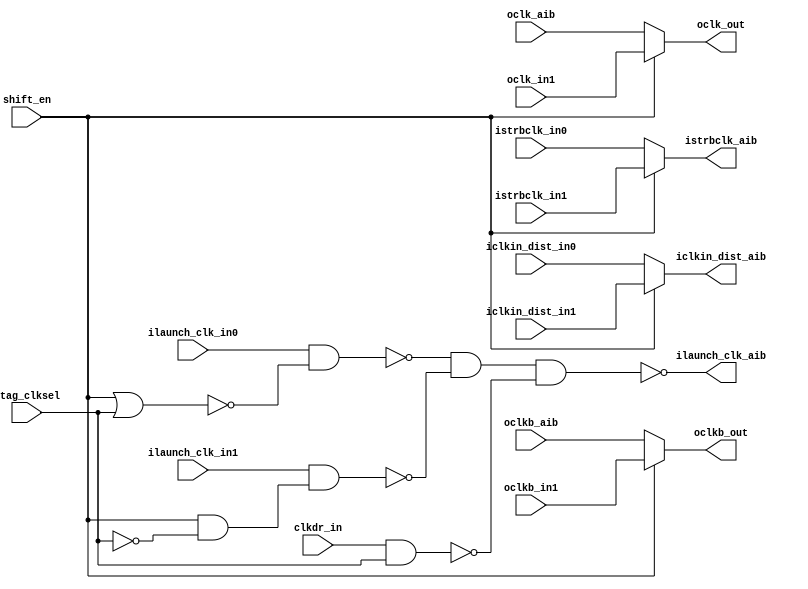
// This program was cloned from: https://github.com/chipsalliance/aib-phy-hardware
// License: Apache License 2.0

// SPDX-License-Identifier: Apache-2.0
// Copyright (C) 2019 Intel Corporation. 
// Library - aibcr3_lib, Cell - aibcr3_red_custom_dig2, View -
//schematic
// LAST TIME SAVED: Sep  5 22:37:21 2016
// NETLIST TIME: Sep  8 13:11:44 2016
`timescale 1ns / 1ns 

module aibcr3_red_custom_dig2 ( iclkin_dist_aib, ilaunch_clk_aib,
     istrbclk_aib, oclk_out, oclkb_out, clkdr_in,
     iclkin_dist_in0, iclkin_dist_in1, ilaunch_clk_in0,
     ilaunch_clk_in1, istrbclk_in0, istrbclk_in1, jtag_clksel,
     oclk_aib, oclk_in1, oclkb_aib, oclkb_in1, shift_en );

output  iclkin_dist_aib, ilaunch_clk_aib, istrbclk_aib, oclk_out,
     oclkb_out;


input  clkdr_in, iclkin_dist_in0, iclkin_dist_in1, ilaunch_clk_in0,
     ilaunch_clk_in1, istrbclk_in0, istrbclk_in1, jtag_clksel,
     oclk_aib, oclk_in1, oclkb_aib, oclkb_in1, shift_en;

wire jtag_clksel_buf;
wire ilaunch_clk_mux;
wire iclkin_dist_muxb;
wire net190;
wire jtag_clksel_b;

assign shift_enbuf = shift_en;
assign lclk_s0     = ~ (shift_enbuf | jtag_clksel_buf);
assign oclkb_mux   = shift_enbuf ? oclkb_in1 : oclkb_aib;
assign oclk_mux    = shift_enbuf ? oclk_in1  : oclk_aib ;  
assign istrbclk_mux = shift_enbuf ? istrbclk_in1 : istrbclk_in0;
assign iclkin_dist_mux = shift_enbuf ? iclkin_dist_in1 : iclkin_dist_in0;
assign oclk_muxb = ~ oclk_mux;
assign oclk_out  = ~ oclk_muxb;
assign oclkb_muxb= ~ oclkb_mux;
assign oclkb_out = ~ oclkb_muxb;
assign istrbclk_muxb = ~ istrbclk_mux;
assign ilaunch_clk_muxb = ~ ilaunch_clk_mux;
assign ilaunch_clk_aib  = ~ ilaunch_clk_muxb;
assign iclkin_dist_aib  = ~ iclkin_dist_muxb;
assign iclkin_dist_muxb = ~ iclkin_dist_mux;
assign istrbclk_aib = ~ istrbclk_muxb;
assign lclk_s1 = ~ net190;
assign jtag_clksel_buf = ~ jtag_clksel_b ;
assign jtag_clksel_b   = ~ jtag_clksel ;
assign net184 = ~ ( clkdr_in & jtag_clksel_buf );
assign net183 = ~ ( ilaunch_clk_in1 & lclk_s1 );
assign net189 = ~ ( ilaunch_clk_in0 & lclk_s0 );
assign net190 = ~ ( shift_enbuf     & jtag_clksel_b );
assign ilaunch_clk_mux = ~ ( net189 & net183 & net184 );


endmodule